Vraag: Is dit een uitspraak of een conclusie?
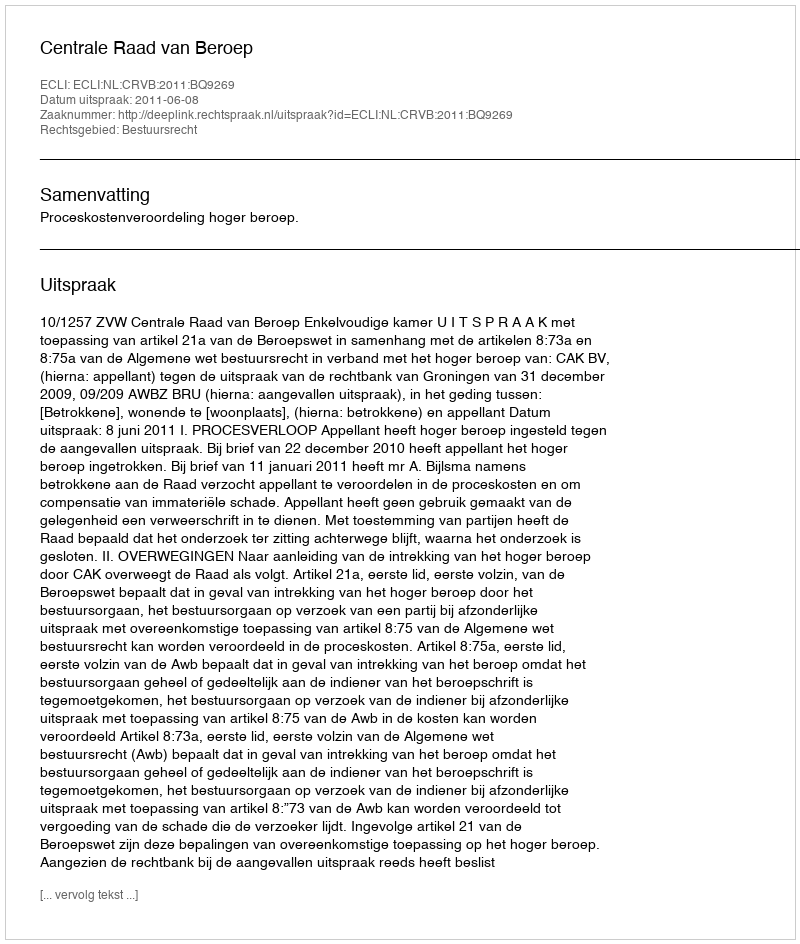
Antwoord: Uitspraak